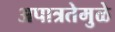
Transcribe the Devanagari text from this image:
अपात्रतेमुळे